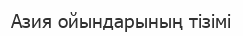
Азия ойындарының тізімі